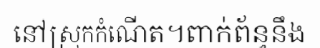
នៅស្រុកកំណើត។ពាក់ព័ន្ធនឹង